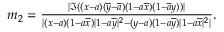
\begin{array} { r } { m _ { 2 } = \frac { | { \Im } ( ( x - a ) ( \overline { { y } } - \overline { { a } } ) ( 1 - a \overline { { x } } ) ( { 1 - \overline { { a } } y } ) ) | } { | ( x - a ) ( 1 - a \overline { { x } } ) | 1 - a \overline { { y } } | ^ { 2 } - ( y - a ) ( 1 - a \overline { { y } } ) | 1 - a \overline { { x } } | ^ { 2 } | } . } \end{array}